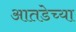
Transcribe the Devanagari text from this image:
आतडेच्या